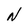
Character: N